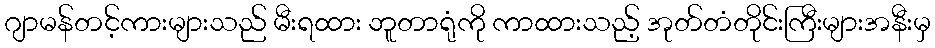
ဂျာမန်တင့်ကားများသည် မီးရထား ဘူတာရုံကို ကာထားသည့် အုတ်တံတိုင်းကြီးများအနီးမှ